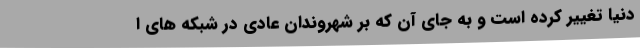
دنیا تغییر کرده است و به جای آن که بر شهروندان عادی در شبکه های ا